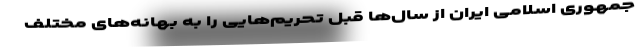
جمهوری اسلامی ایران از سال‌ها قبل تحریم‌هایی را به بهانه‌های مختلف